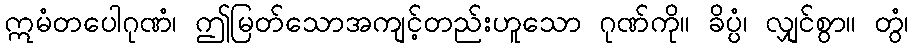
ဣမံတပေါဂုဏံ၊ ဤမြတ်သောအကျင့်တည်းဟူသော ဂုဏ်ကို။ ခိပ္ပံ၊ လျှင်စွာ။ တွံ၊